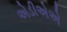
એડીએએ